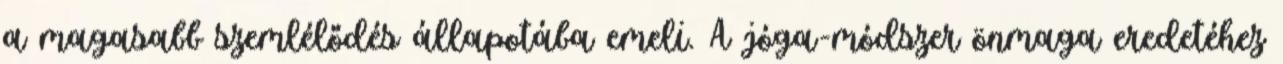
a magasabb szemlélődés állapotába emeli. A jóga-módszer önmaga eredetéhez